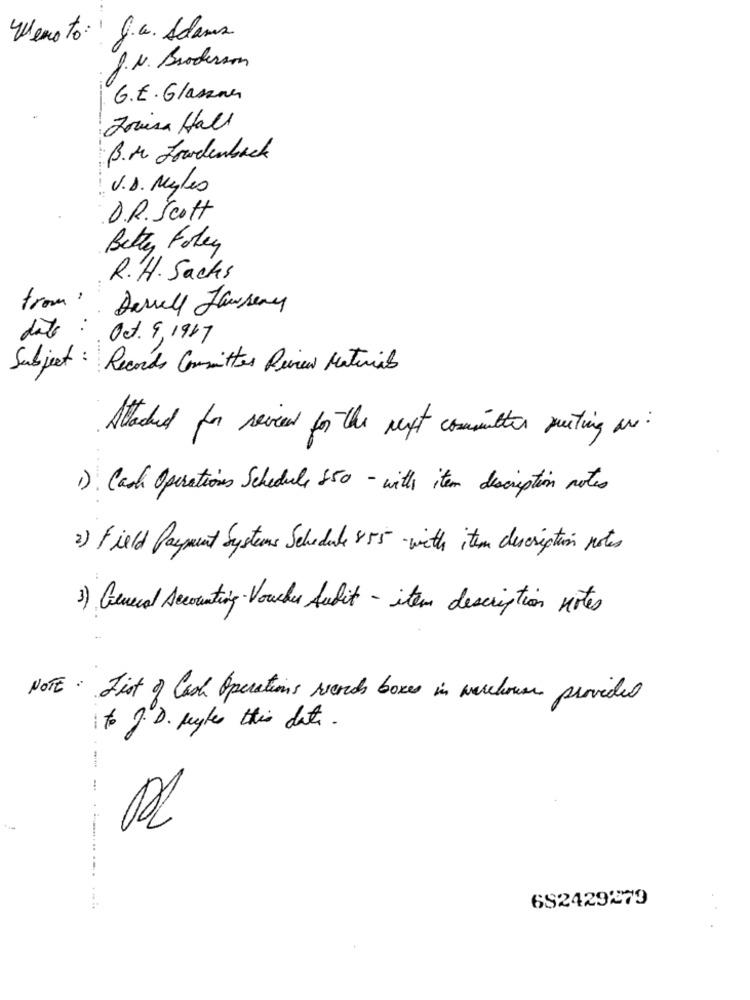
Wenoto: J.a. Adams
J.N. Broderson
G.E. Glassna
Joursa Hall
.B.M. Lowdenback
V.D. Myles
D.R. Scott
Better Foley
R.H. Sacks
from:
Darrell Janseny
date : Oct. 9, 1967
Subject: Records Committes Review Materials
Atached for reven for the next communities puting are:
1) Cash Operations Schedule 850 - with item description notes
2) Field Payment Systems Schedule 855 with item description notes
3) General Accounting Voucher Audit - item description notes
NOTE: List of Cash Operations verds boxes in warehouse provided
to I.D. Regler this date.
692429279